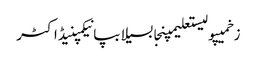
زخمیپولیستعلیمپنجابسیلابپانیکمپنیڈاکٹر